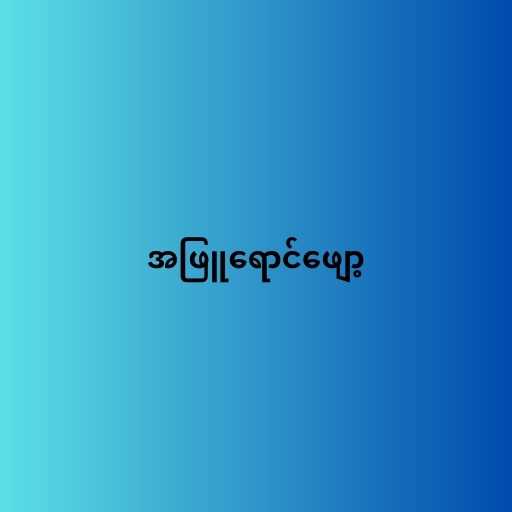
အဖြူရောင်ဖျော့